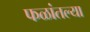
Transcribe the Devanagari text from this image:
फळांतल्या